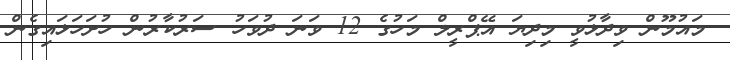
މައުމޫން ވިދާޅުވީ މިދިޔަ އޭޕްރީލް މަހުގެ 12 ވަނަ ދުވަހު ސަރުކާރުން ހުށަހަޅައިގެން